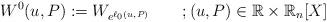
LaTeX: \begin{align*}W^{0}(u,P) := W_{e^{\ell_0(u,P)}} \qquad;(u,P)\in\mathbb{R}\times\mathbb{R}_n[X]\end{align*}